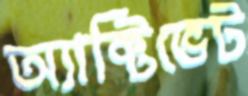
অ্যাক্টিভেট